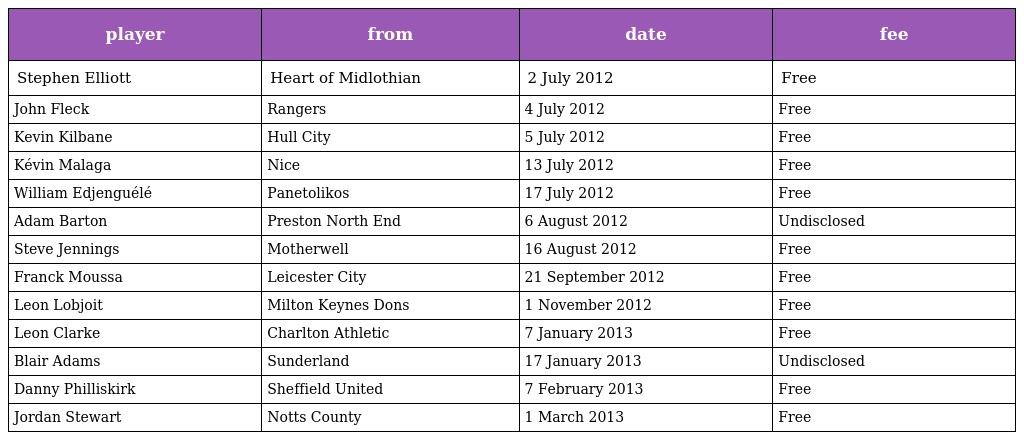
| player | from | date | fee |
 | --- | --- | --- | --- |
 | Stephen Elliott | Heart of Midlothian | 2 July 2012 | Free |
 | John Fleck | Rangers | 4 July 2012 | Free |
 | Kevin Kilbane | Hull City | 5 July 2012 | Free |
 | Kévin Malaga | Nice | 13 July 2012 | Free |
 | William Edjenguélé | Panetolikos | 17 July 2012 | Free |
 | Adam Barton | Preston North End | 6 August 2012 | Undisclosed |
 | Steve Jennings | Motherwell | 16 August 2012 | Free |
 | Franck Moussa | Leicester City | 21 September 2012 | Free |
 | Leon Lobjoit | Milton Keynes Dons | 1 November 2012 | Free |
 | Leon Clarke | Charlton Athletic | 7 January 2013 | Free |
 | Blair Adams | Sunderland | 17 January 2013 | Undisclosed |
 | Danny Philliskirk | Sheffield United | 7 February 2013 | Free |
 | Jordan Stewart | Notts County | 1 March 2013 | Free |